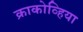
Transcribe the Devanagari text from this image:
क्राकोव्हिया